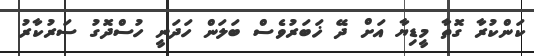
ކަންކުރާ ގޮތާ މީޑިޔާ އަށް ދޭ ޚަބަރުވެސް ބަލަން ހަދަނީ ހުސްދޮގު ސަރުކާރު